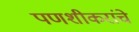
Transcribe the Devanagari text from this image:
पणशीकरांचे